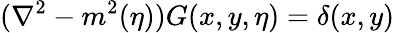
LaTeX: ({\nabla}^{2}-m^{2}(\eta))G(x,y,\eta)=\delta(x,y)